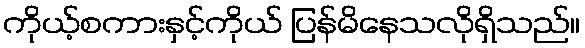
ကိုယ့်စကားနှင့်ကိုယ် ပြန်မိနေသလိုရှိသည်။